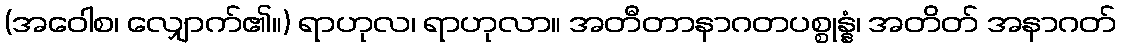
(အဝေါစ၊ လျှောက်၏။) ရာဟုလ၊ ရာဟုလာ။ အတီတာနာဂတပစ္စုန္နံ၊ အတိတ် အနာဂတ်